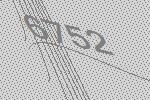
6752